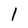
Character: l